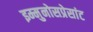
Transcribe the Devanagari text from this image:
इम्मुनोसप्रेसांट